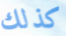
كذلك